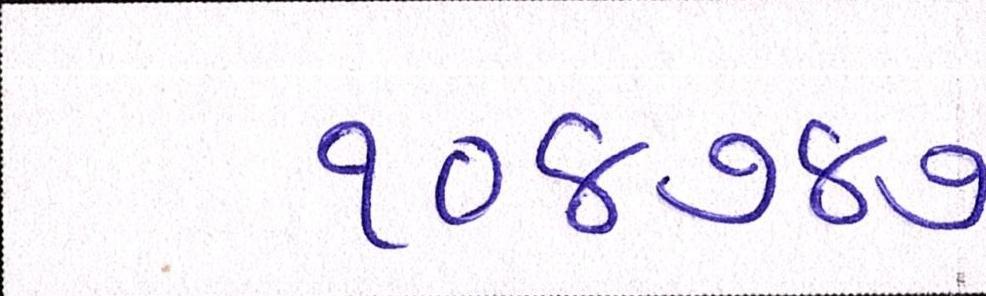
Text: ૧૦૪૭૪૭